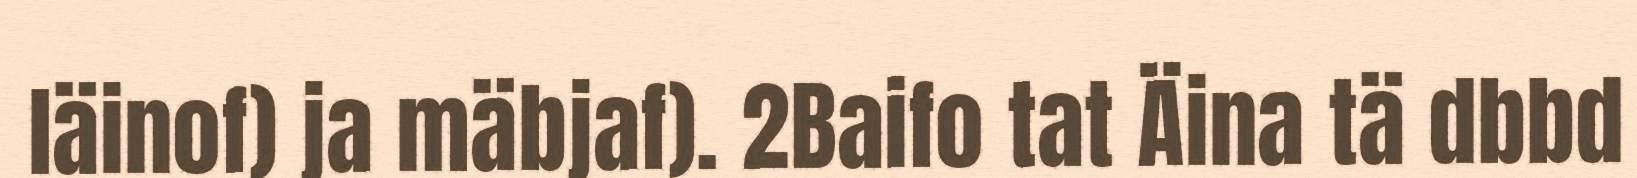
läinof) ja mäbjaf). 2Baifo tat Äina tä dbbd